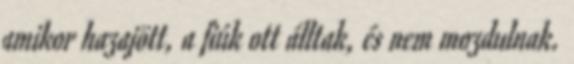
amikor hazajött, a fiúk ott álltak, és nem mozdulnak.